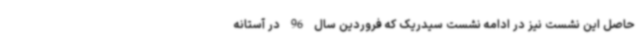
حاصل این نشست نیز در ادامه نشست سیدریک که فروردین سال 96 در آستانه